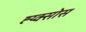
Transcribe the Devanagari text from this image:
ह्य्क्सोस